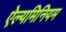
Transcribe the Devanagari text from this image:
ऐल्यमिनियम